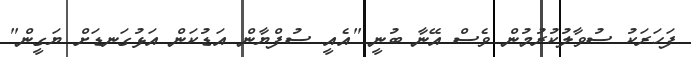
ފަހަރަކު ސުވާލުކުރުމުން ވެސް އޭނާ ބުނީ "އެއީ ސުފްޔާން އަޑުކަން އަޅުގަނޑަށް ޔަގީން"